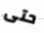
حتى